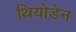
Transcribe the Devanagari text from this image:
थियोडेन